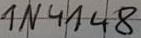
Text: 1N4148